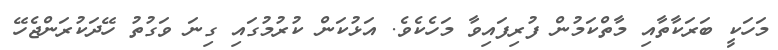
މަހަކީ ބަރަކާތާއި މާތްކަމުން ފުރިފައިވާ މަހެކެވެ. އަޅުކަން ކުރުމުގައި ގިނަ ވަގުތު ހޭދަކުރަންޖެހޭ